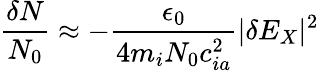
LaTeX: \frac{\delta N}{N_{0}}\approx-\frac{\epsilon_{0}}{4m_{i}N_{0}c_{ia}^{2}}|\delta E_{X}|^{2}